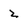
Character: z